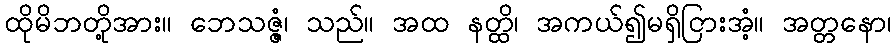
ထိုမိဘတို့အား။ ဘေသဇ္ဇံ၊ သည်။ အထ နတ္ထိ၊ အကယ်၍မရှိငြားအံ့။ အတ္တနော၊